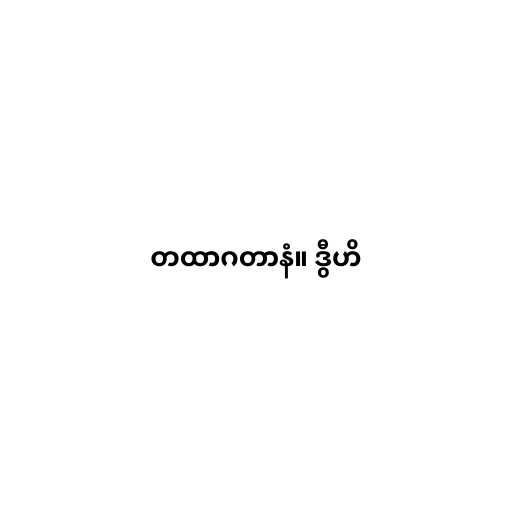
တထာဂတာနံ။ ဒွီဟိ